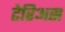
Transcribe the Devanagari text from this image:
टेरिअस